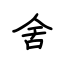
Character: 舍